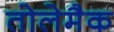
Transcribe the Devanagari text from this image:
तोलेमैक